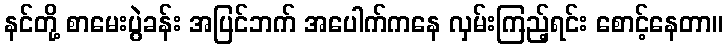
နင်တို့ စာမေးပွဲခန်း အပြင်ဘက် အပေါက်ကနေ လှမ်းကြည့်ရင်း စောင့်နေတာ။